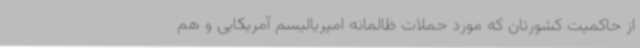
از حاکمیت کشورتان که مورد حملات ظالمانه امپریالیسم آمریکایی و هم